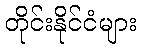
တိုင်းနိုင်ငံများ